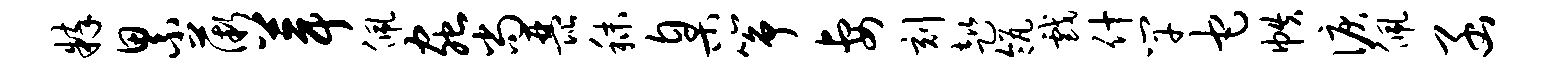
粹累薇葺佩虫尚琵秣臬筝妻刻趑瓴戏什竿它帙泪佩函